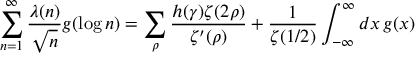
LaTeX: \sum _ { n = 1 } ^ { \infty } { \frac { \lambda ( n ) } { \sqrt { n } } } g ( \log n ) = \sum _ { \rho } { \frac { h ( \gamma ) \zeta ( 2 \rho ) } { \zeta ^ { \prime } ( \rho ) } } + { \frac { 1 } { \zeta ( 1 / 2 ) } } \int _ { - \infty } ^ { \infty } d x \, g ( x )